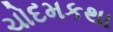
ચોદમકથા